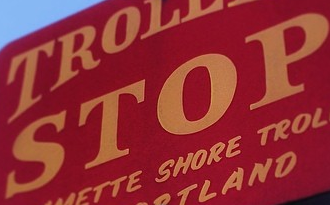
STOP